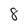
Character: 8